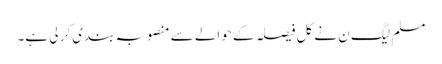
مسلم لیگ ن نے کل فیصلہ کے حوالے سے منصوبہ بندی کر لی ہے۔